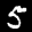
Digit: 5